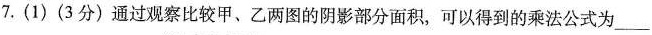
7.(1)(3分)通过观察比较甲、乙两图的阴影部分面积，可以得到的乘法公式为___